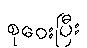
စုဝေးပြီး